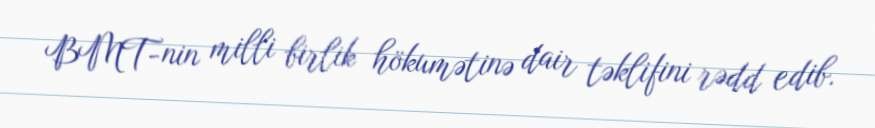
BMT-nin milli birlik hökumətinə dair təklifini rədd edib.